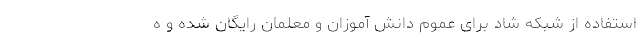
استفاده از شبکه شاد برای عموم دانش آموزان و معلمان رایگان شده و ه